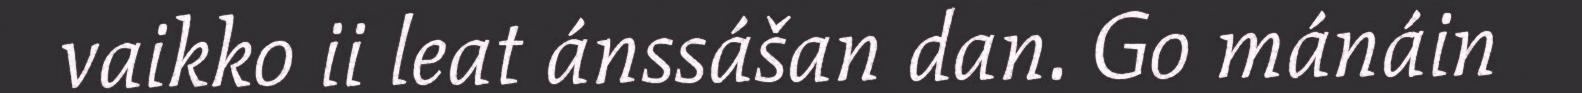
vaikko ii leat ánssášan dan. Go mánáin